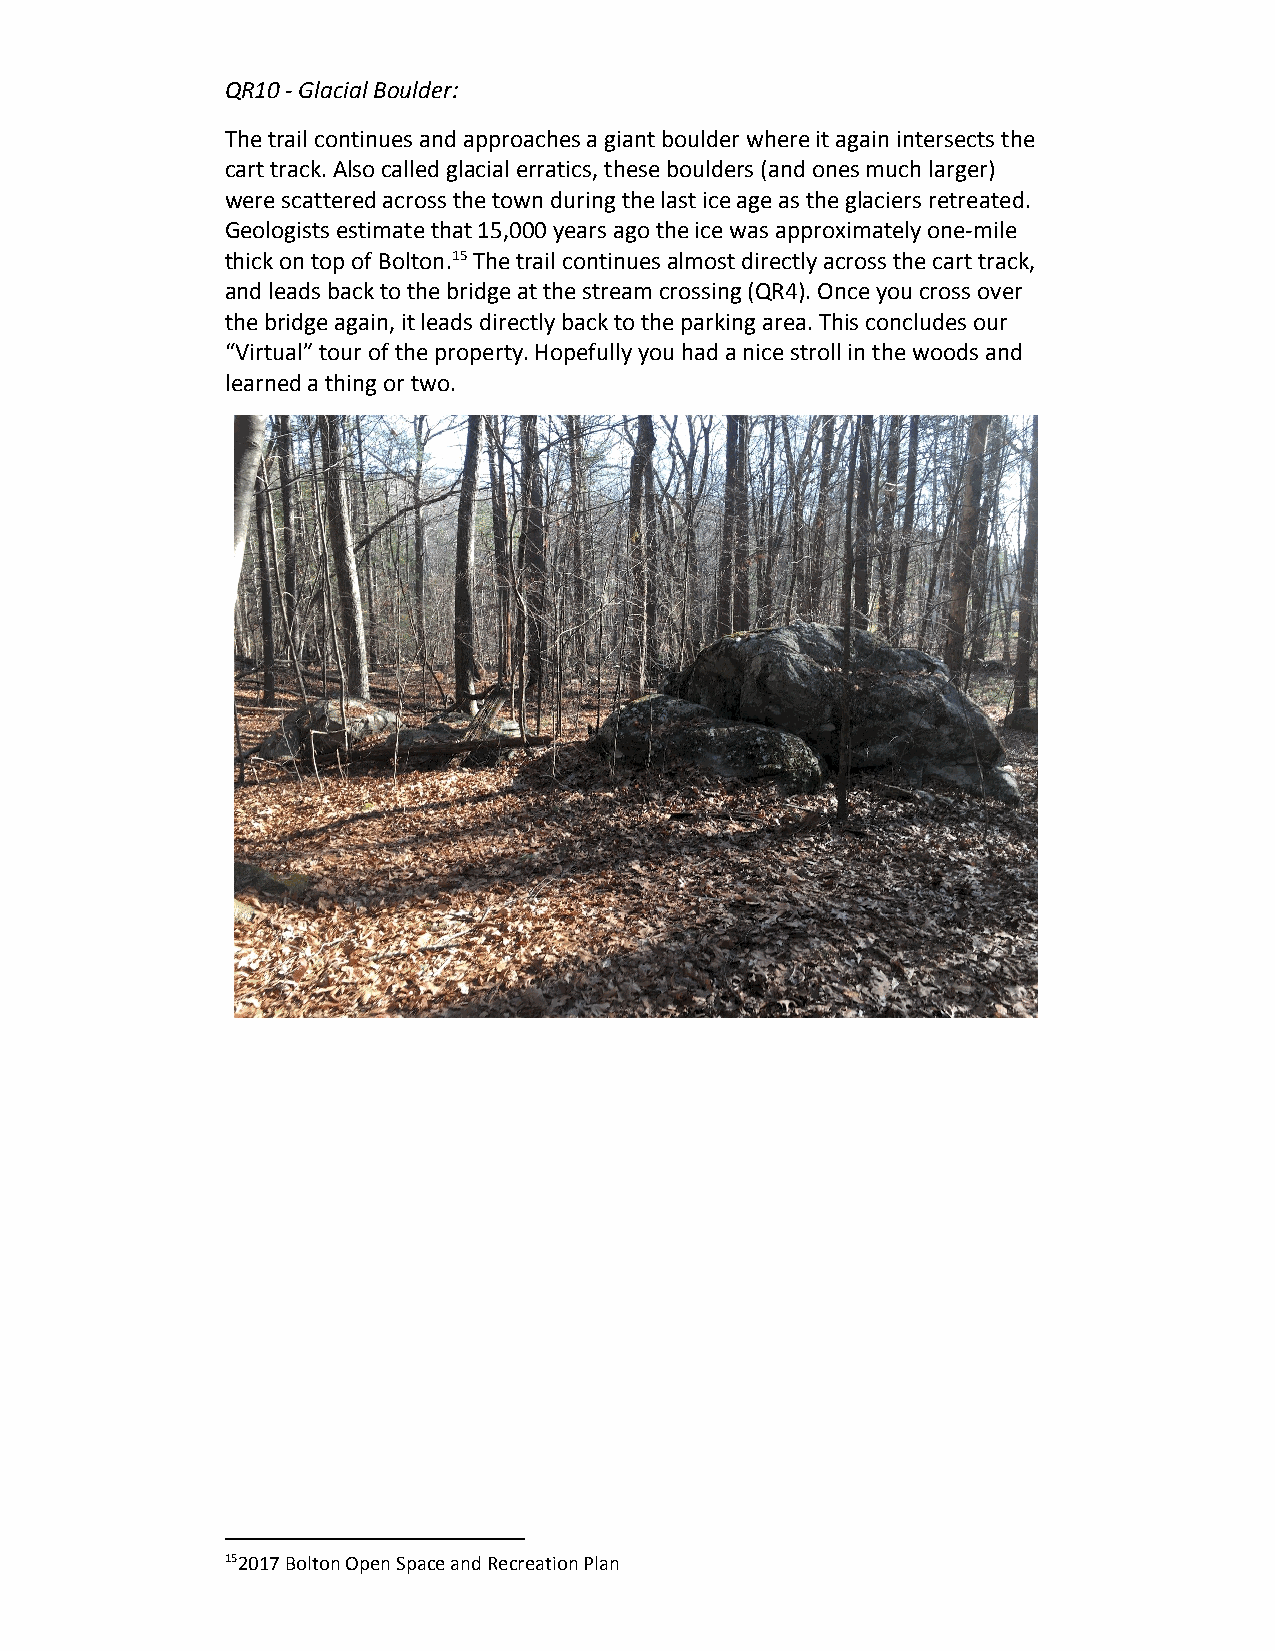
QR10 - Glacial Boulder:
 The trail continues and approaches a giant boulder where it again intersects the
 cart track. Also called glacial erratics, these boulders (and ones much larger)
 were scattered across the town during the last ice age as the glaciers retreated.
 Geologists estimate that 15,000 years ago the ice was approximately one-mile
 thick on top of Bolton.15 The trail continues almost directly across the cart track,
 ​
 ​
 and leads back to the bridge at the stream crossing (QR4). Once you cross over
 the bridge again, it leads directly back to the parking area. This concludes our
 “Virtual” tour of the property. Hopefully you had a nice stroll in the woods and
 learned a thing or two.
 152017 Bolton Open Space and Recreation Plan